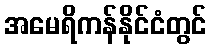
အမေရိကန်နိုင်ငံတွင်